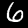
Digit: 6